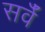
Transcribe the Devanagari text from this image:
सर्वँ